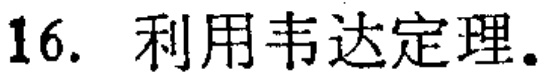
16. 利用韦达定理。